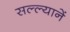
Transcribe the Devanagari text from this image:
सल्ल्यानें